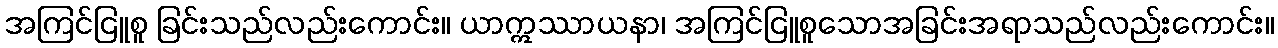
အကြင်ငြူစူ ခြင်းသည်လည်းကောင်း။ ယာဣဿာယနာ၊ အကြင်ငြူစူသောအခြင်းအရာသည်လည်းကောင်း။